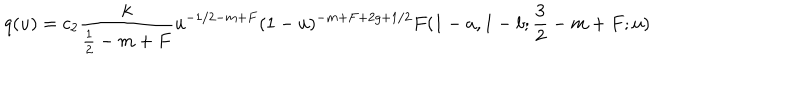
q ( u ) = c _ { 2 } \frac k { \frac 1 2 - m + F } u ^ { - 1 / 2 - m + F } ( 1 - u ) ^ { - m + F + 2 g + 1 / 2 } F ( 1 - a , 1 - b ; \frac 3 2 - m + F ; u )